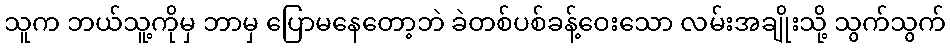
သူက ဘယ်သူ့ကိုမှ ဘာမှ ပြောမနေတော့ဘဲ ခဲတစ်ပစ်ခန့်ဝေးသော လမ်းအချိုးသို့ သွက်သွက်